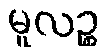
မူလဉ္စ